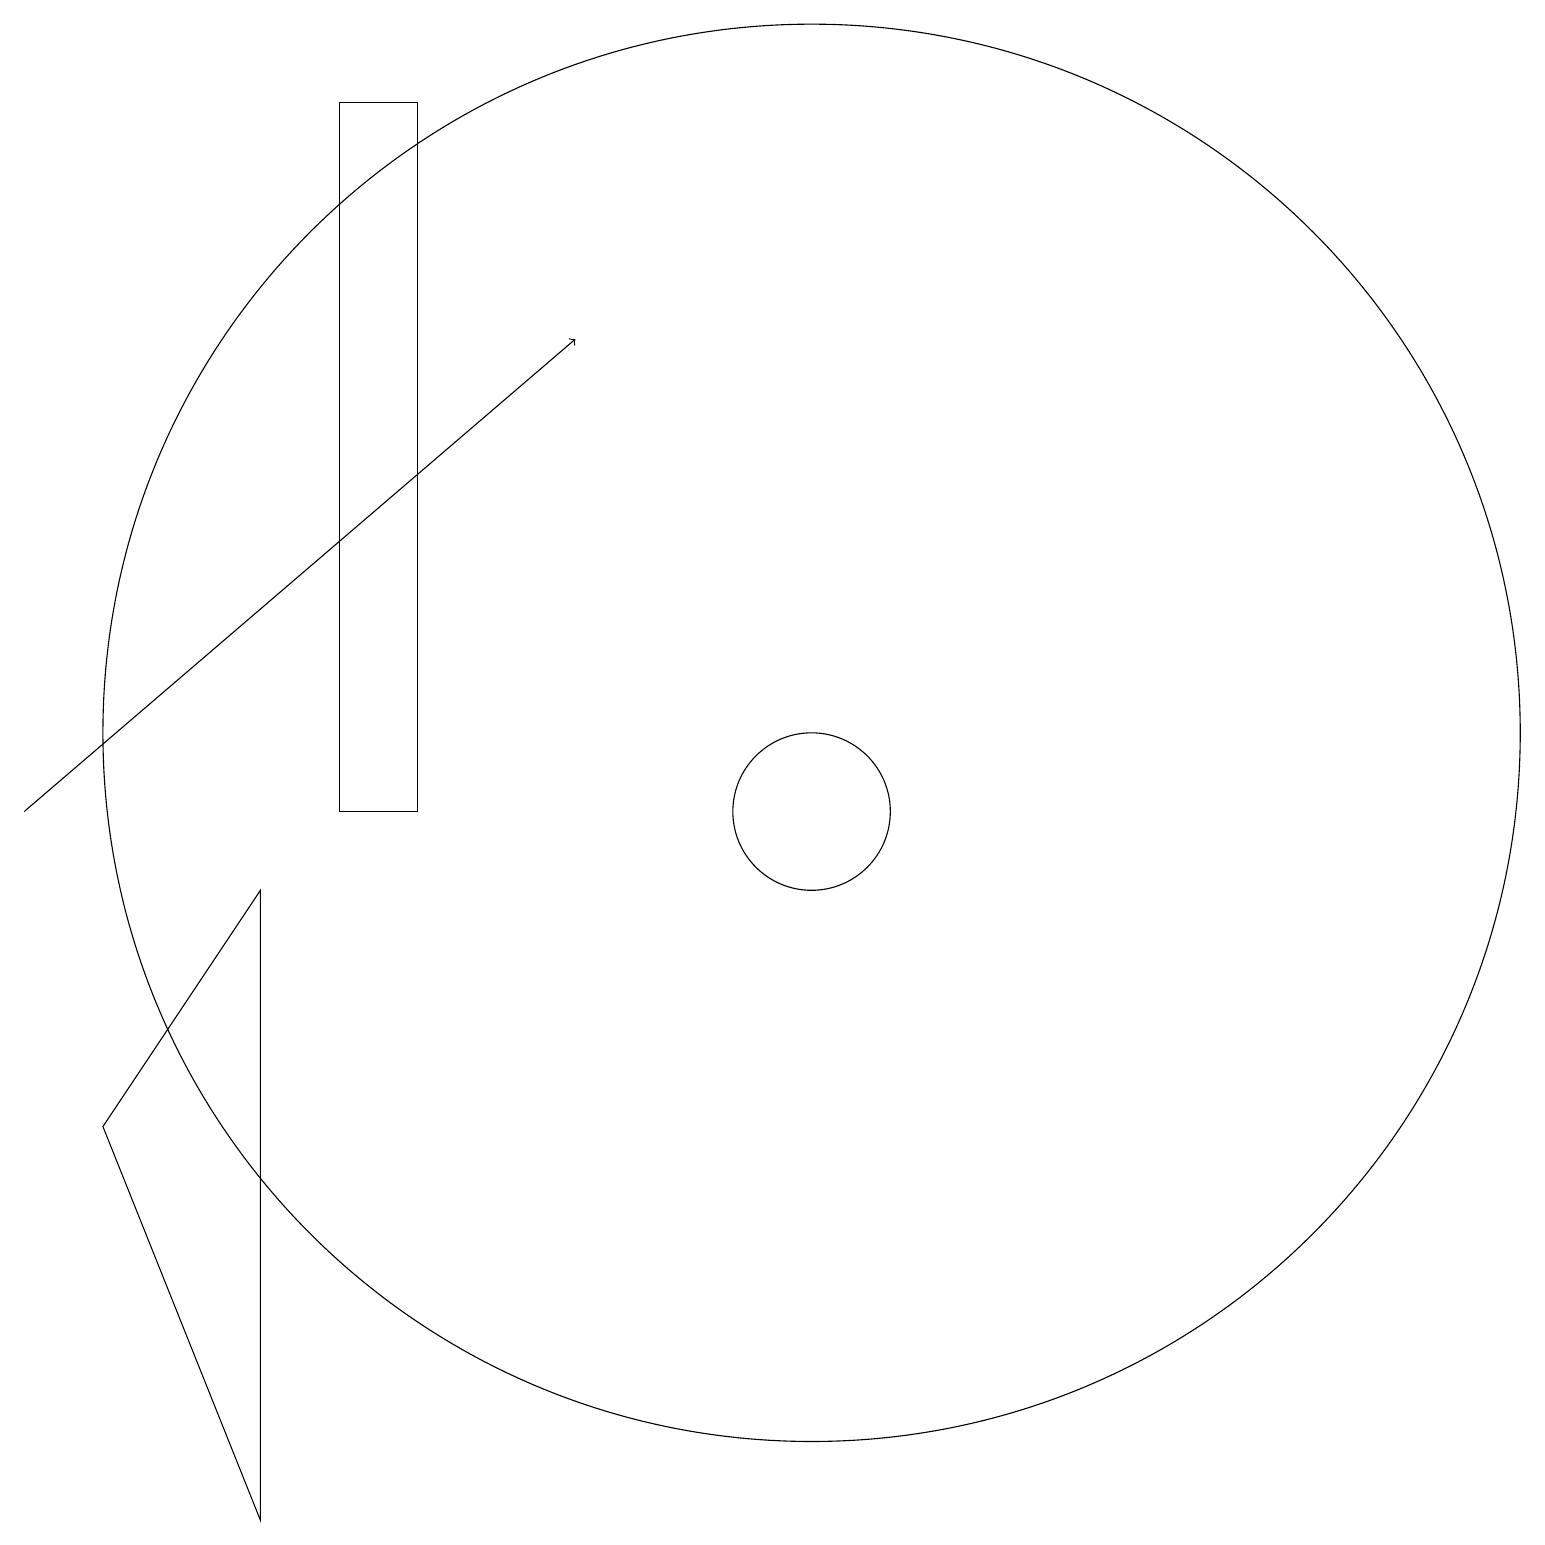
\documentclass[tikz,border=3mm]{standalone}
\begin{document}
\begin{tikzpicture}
\draw[->] (0,10) -- (7,16);
\draw (1,6) -- (3,9) -- (3,1) -- cycle;
\draw (10,10) circle (1);
\draw (10,11) circle (9);
\draw (4,19) rectangle (5,10);
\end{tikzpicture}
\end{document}